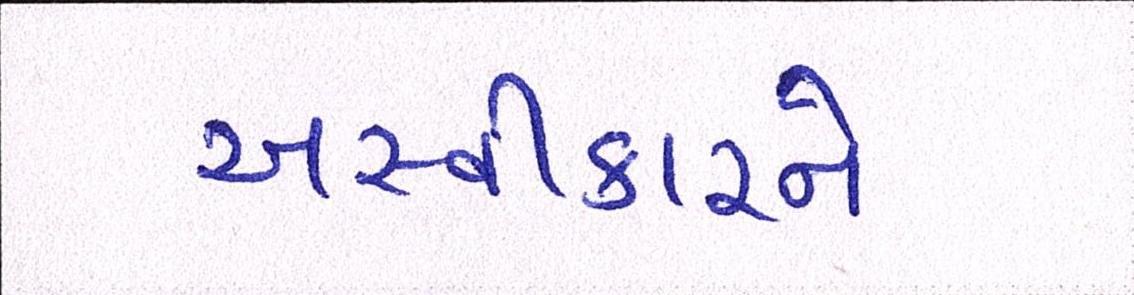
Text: અસ્વીકારને